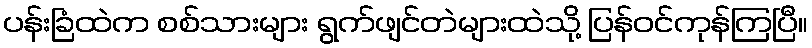
ပန်းခြံထဲက စစ်သားများ ရွက်ဖျင်တဲများထဲသို့ ပြန်ဝင်ကုန်ကြပြီ။